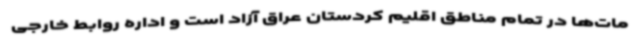
مات‌ها در تمام مناطق اقلیم کردستان عراق آزاد است و اداره روابط خارجی